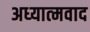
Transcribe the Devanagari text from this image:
अध्‍यात्‍मवाद